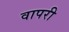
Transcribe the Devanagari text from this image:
वापरी